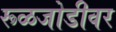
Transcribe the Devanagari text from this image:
रूळजोडीवर